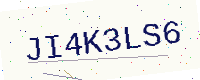
Text: JI4K3LS6